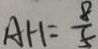
A H = \frac { 8 } { 5 }